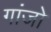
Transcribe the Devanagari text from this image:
गांजो